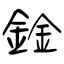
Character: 鍂